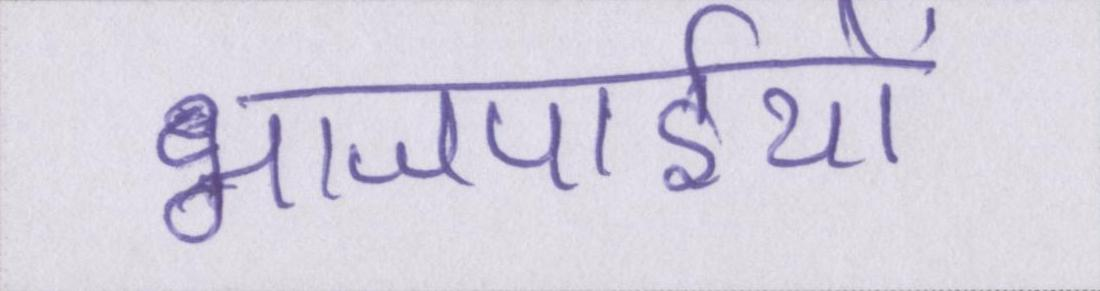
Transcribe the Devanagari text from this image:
भाजपाईयों